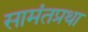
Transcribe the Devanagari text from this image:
सामंतप्रथा